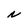
Character: N